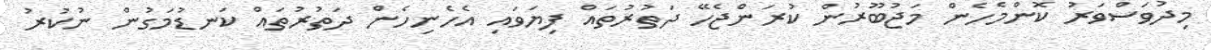
މިދުވަސްވަރު ކޮންމެހެން މަޖުބޫރުން ކުރަންޖެހޭ ދަތުރުތައް ފިޔަވައި އެހެނިހެން ދަތުރުތައް ކަނޑުމަގުން ނުކުރު